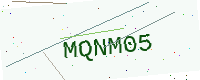
Text: MQNM05